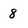
Character: 8